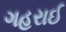
ગહરાઈ